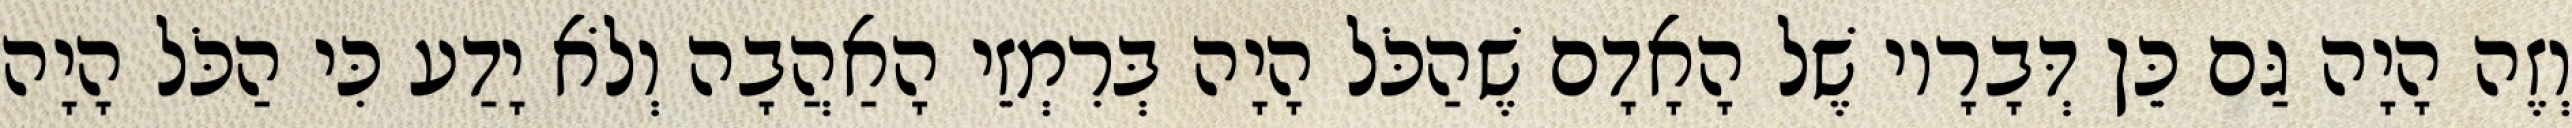
וְזֶה הָיָה גַּם כֵּן דְּבָרָיו שֶׁל הָאָדָם שֶׁהַכֹּל הָיָה בְּרִמְזֵי הָאַהֲבָה וְלֹא יָדַע כִּי הַכֹּל הָיָה